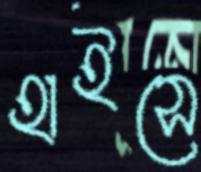
হাইসে